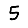
Digit: 5